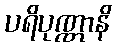
ပရိပုဏ္ဏာနိ